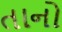
તાનો